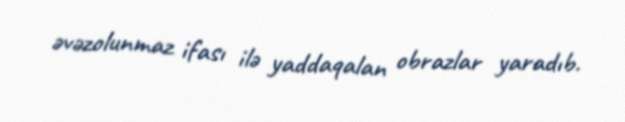
əvəzolunmaz ifası ilə yaddaqalan obrazlar yaradıb.